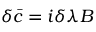
\delta { \bar { c } } = i \delta \lambda B